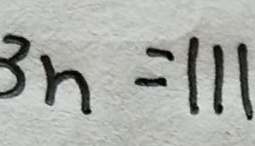
3 n = 1 1 1